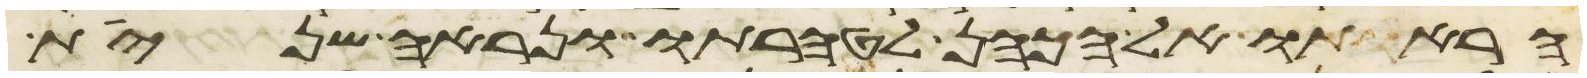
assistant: הראתו אל הכהן לטהרתו ונראה שנית